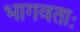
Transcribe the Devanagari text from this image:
भागवताः